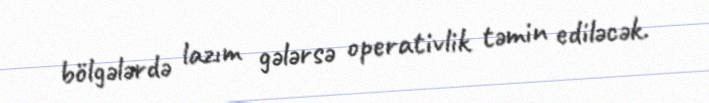
bölgələrdə lazım gələrsə operativlik təmin ediləcək.